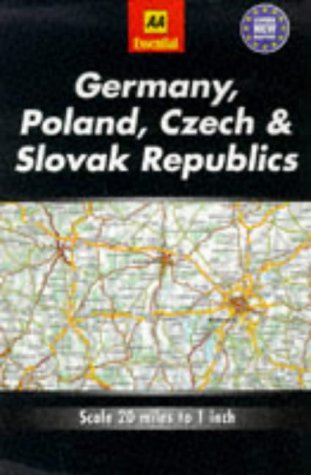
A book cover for Essential Road Map Germany, Poland, Czech and Slovak Republics (AA Essential European Road Maps); Automobile Association; Travel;